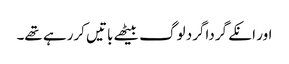
اور انکے گرداگرد لوگ بیٹھے باتیں کررہے تھے۔